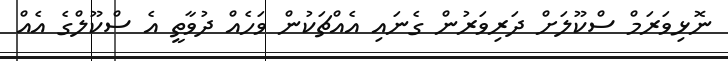
ނޮޅިވަރަމް ސްކޫލަށް ދަރިވަރުން ގެނައި އެއްޗަކުން ވަހެއް ދުވާތީ އެ ސްކޫލްގެ އެއް